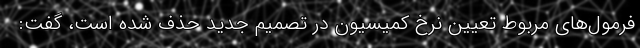
فرمول‌های مربوط تعیین نرخ کمیسیون در تصمیم جدید حذف شده است، گفت: